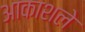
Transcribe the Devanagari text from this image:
आकाशले